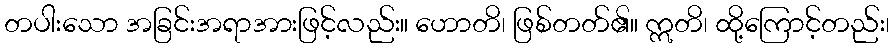
တပါးသော အခြင်းအရာအားဖြင့်လည်း။ ဟောတိ၊ ဖြစ်တတ်၏။ ဣတိ၊ ထို့ကြောင့်တည်း၊